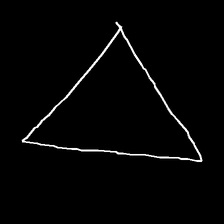
Glyph: convergence